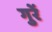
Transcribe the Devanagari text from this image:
गुरें